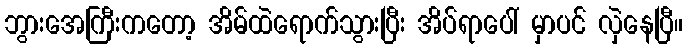
ဘွားအေကြီးကတော့ အိမ်ထဲရောက်သွားပြီး အိပ်ရာပေါ် မှာပင် လှဲနေပြီ။